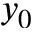
y _ { 0 }